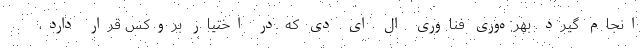
انجام گیرد. بهره‌وری فناوری ال ای دی که در اختیار بروکس قرار دارد،